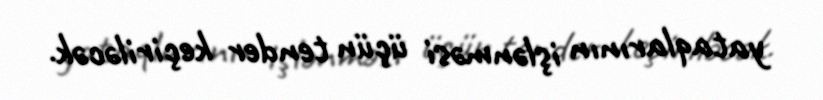
yataqlarının işlənməsi üçün tender keçiriləcək.